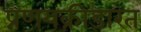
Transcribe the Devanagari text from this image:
प्रणयक्रीडारत